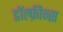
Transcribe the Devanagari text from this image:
डॉल्फ़ीन्स